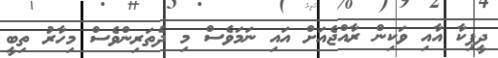
ދީޕިކާ އާއި ވަކިން ރާއްޖެއަށް އައި ނަމަވެސް މި ދެތަރިންވެސް މިހާރު ތިބީ